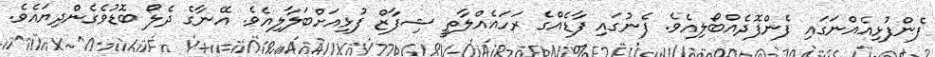
ފެންފުޅިއެއްނަގައި ފެންފޮދެއްބޯލިއެވެ. ފެނުގައި ފާޑެއްގެ ރަހައެއްލާތީ ޝިފާޒް ފުޅިއަށްބަލާލިއެވެ. އޭނާގެ ދެލޯ ބޮޑުވެގެންދިޔައެވެ.